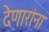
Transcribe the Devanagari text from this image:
देणारांना